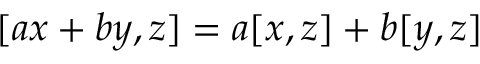
[ a x + b y , z ] = a [ x , z ] + b [ y , z ]